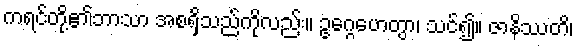
ကရင်တို့၏ဘာသာ အစရှိသည်ကိုလည်း။ ဥဂ္ဂေဟေတွာ၊ သင်၍။ ဇာနိဿတိ၊